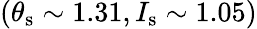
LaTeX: (\theta_{\mathrm{s}}\sim 1.31,I_{\mathrm{s}}\sim 1.05)